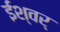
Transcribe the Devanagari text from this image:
ईश्वर्